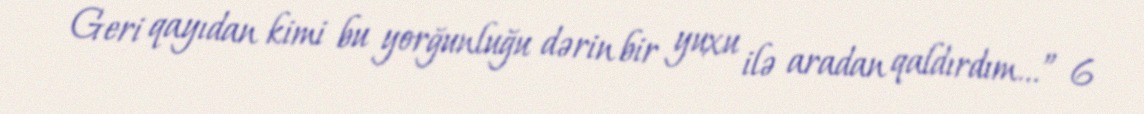
Geri qayıdan kimi bu yorğunluğu dərin bir yuxu ilə aradan qaldırdım...” 6